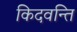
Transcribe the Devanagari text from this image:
किदवन्ति